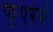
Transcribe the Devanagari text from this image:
फुएरर्स